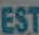
EST